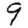
Digit: 9